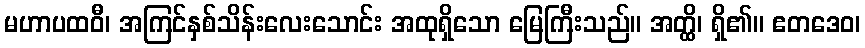
မဟာပထဝီ၊ အကြင်နှစ်သိန်းလေးသောင်း အထုရှိသော မြေကြီးသည်။ အတ္ထိ၊ ရှိ၏။ ဧတဒေဝ၊